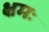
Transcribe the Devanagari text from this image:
क्षमः